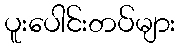
ပူးပေါင်းတပ်များ